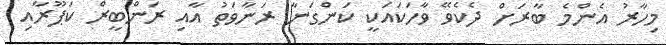
މިހާރު އެންމެ ބާރަށް ދެކެވޭ ވާހަކައަކީ ކަންގަނާ ރަނާވަތު އާއި ރަންބީރް ކަޕޫރާއި